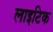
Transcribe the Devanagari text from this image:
लाइटिक